Lunatic asylums Madras 1877-1891 - 1877-1891
Year: 1877
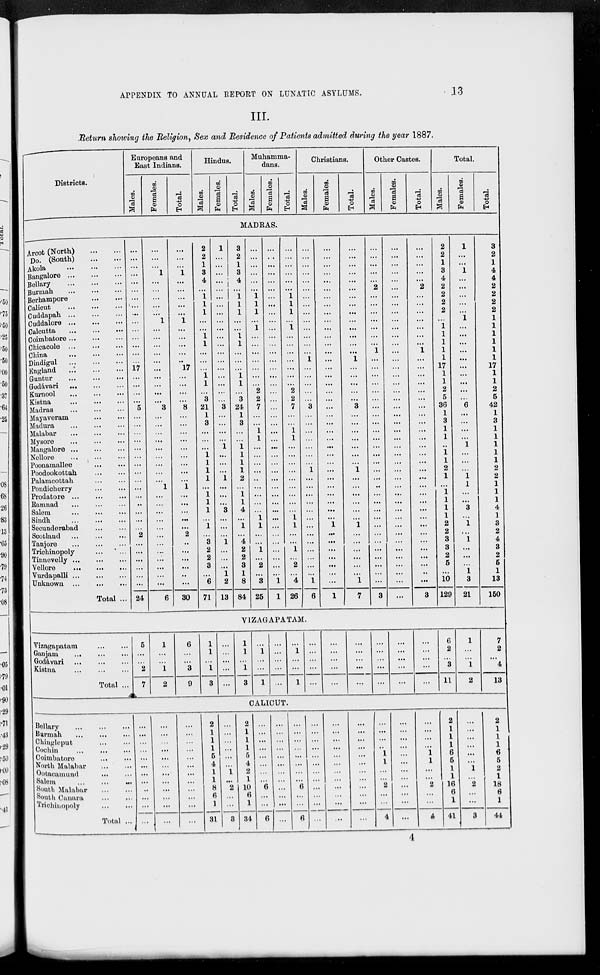
APPENDIX TO ANNUAL REPORT ON LUNATIC ASYLUMS.
13
III.
Return showing the Religion, Sex and Residence of Patients admitted during the year 1887.
Districts.
Europeans and
East Indians.
Males.
Females.
Total.
Hindus.
Males.
Females.
Total.
Muhammadans.
Males.
Females.
Total.
Christians.
Males.
Females.
Total.
Other Castes.
Males.
Females.
Total.
Total.
Males.
Females.
Total.
MADRAS.
Arcot (North) ... ...
Do. (South) ... ...
Akola ... ... ...
Bangalore
...
...
...
Bellary
...
...
...
Burmah
...
...
...
Berhampore ... ...
Calicut
...
...
...
Cuddapah
...
...
...
Cuddalore ... ... ...
Calcutta
...
...
...
Coimbatore ... ... ...
Chicacole
...
...
...
China
...
...
...
Dindigul
...
...
...
England
...
...
...
Guntur
...
...
...
Godávari
...
...
...
Kurnool ... ... ...
Kistna
...
...
...
Madras
...
...
...
Mayaveram
...
...
Madura
...
...
...
Malabar
...
...
...
Mysore
...
...
...
Mangalore ... ... ...
Nellore
...
...
...
Poonamallee
... ...
Poodookottah
...
...
Palamcottah
...
...
Pondicherry
...
...
Prodatore
...
...
...
Ramnad
...
...
...
Salem
...
...
...
Sindh
...
...
...
Secunderabad
...
...
Scotland
...
...
...
Tanjore
...
...
...
Trichinopoly
...
...
Tinnevelly ... ... ...
Vellore
...
...
...
Vurdapalli
...
...
...
Unknown
...
...
...
Total ...
...
...
...
...
...
...
...
...
...
...
...
...
...
...
...
17
...
...
...
...
5
...
...
...
...
...
...
...
...
...
...
...
...
...
...
...
2
...
...
...
...
...
...
24
...
...
...
1
...
...
...
...
...
1
...
...
...
...
...
...
...
...
...
...
3
...
...
...
...
...
...
...
...
...
1
...
...
...
...
...
...
...
...
...
...
...
...
6
...
...
...
1
...
...
...
...
...
1
...
...
...
...
...
17
...
...
...
...
8
...
...
...
...
...
...
...
...
...
1
...
...
...
...
...
2
..
...
...
...
...
...
30
2
2
1
3
4
...
1
1
1
...
...
1
1
...
...
...
1
1
...
3
21
1
3
...
...
...
1
1
1
1
...
1
1
1
...
1
...
3
2
2
3
...
6
71
1
...
...
...
...
...
...
...
...
...
...
...
...
...
...
...
...
...
...
...
3
...
...
...
...
1
...
...
...
1
...
...
...
3
...
...
...
1
...
...
...
1
2
13
3
2
1
3
4
...
1
1
1
...
...
1
1
...
...
...
1
1
...
3
24
1
3
...
...
1
1
1
1
2
...
1
1
4
...
1
...
4
2
2
3
1
8
84
...
...
...
...
...
...
1
1
1
...
1
...
...
...
...
...
...
...
2
2
7
...
...
1
1
...
...
...
...
...
...
...
...
...
1
1
...
...
1
...
2
...
3
25
...
...
...
...
...
...
...
...
...
...
...
...
...
...
...
...
...
...
...
...
...
...
...
...
...
...
...
...
...
...
...
...
...
...
...
...
...
...
...
...
...
...
1
1
...
...
...
...
...
...
1
1
1
...
1
...
...
...
...
...
...
...
2
2
7
...
...
1
1
...
...
...
...
...
...
...
...
...
1
1
...
...
1
...
2
...
4
26
...
...
...
...
...
...
...
...
...
...
...
...
...
...
1
...
...
...
...
...
3
...
...
...
...
...
...
...
1
...
...
...
...
...
...
...
...
...
...
...
...
...
1
6
...
...
...
...
...
...
...
...
...
...
...
...
...
...
...
...
...
...
...
...
...
...
...
...
...
...
...
...
...
...
...
...
...
...
...
1
...
...
...
...
...
...
...
1
...
...
...
...
...
...
...
...
...
...
...
...
...
...
1
...
...
...
...
...
3
...
...
...
...
...
...
...
1
...
...
...
...
...
...
1
...
...
...
...
...
...
1
7
...
...
...
...
...
2
...
...
...
...
...
...
...
1
...
...
...
...
...
...
...
...
...
...
...
...
...
...
...
...
...
...
...
...
...
...
...
...
...
...
...
...
...
3
...
...
...
...
...
...
...
...
...
...
...
...
...
...
...
...
...
...
...
...
...
...
...
...
...
...
...
...
...
...
...
...
...
...
...
...
...
...
...
...
...
...
...
...
...
...
...
...
...
2
...
...
...
...
...
...
...
1
...
...
...
...
...
...
...
...
...
...
...
...
...
...
...
...
...
...
...
...
...
...
...
...
...
...
...
..
...
3
2
2
1
3
4
2
2
2
2
...
1
1
1
1
1
17
1
1
2
5
36
1
3
1
1
..
1
1
2
1
...
1
1
1
1
2
2
3
3
2
5
...
10
129
1
...
...
1
...
...
...
...
...
1
...
...
...
...
...
...
...
...
...
...
6
...
...
...
...
1
...
...
...
1
1
...
...
3
...
1
...
1
...
...
...
1
3
21
3
2
1
4
4
2
2
2
2
1
1
1
1
1
1
17
1
1
2
5
42
1
3
1
1
1
1
1
2
2
1
1
1
4
1
3
2
4
3
2
5
1
13
150
VIZAGAPATAM.
Vizagapatam
...
...
Ganjam
...
...
...
Godávari
...
...
...
Kistna
...
...
...
Total ...
5
...
2
7
1
...
...
1
2
6
...
...
3
9
1
1
...
1
3
...
...
...
...
...
1
1
...
1
3
...
1
...
...
1
...
...
...
...
...
...
1
...
...
1
...
...
...
...
...
...
...
...
...
...
...
...
...
...
...
...
...
...
...
...
...
...
...
...
...
...
...
...
...
...
6
2
...
3
11
1
...
...
1
2
7
2
...
4
13
CALICUT.
Bellary
...
...
...
Burmah
...
...
...
Chingleput
...
...
Cochin
...
...
...
Coimbatore
...
...
North Malabar
...
...
Ootacamund
...
...
Salem ... ... ...
South Malabar
...
...
South Canara
...
...
Trichinopoly
...
...
Total ...
...
...
...
...
...
...
...
...
...
...
...
...
...
...
...
...
...
...
...
...
...
...
...
...
...
...
...
...
...
...
...
...
...
...
...
...
2
1
1
1
5
4
1
1
8
6
1
31
...
...
...
...
...
...
1
...
2
...
...
3
2
1
1
1
5
4
2
1
10
6
1
34
...
...
...
...
...
...
...
...
6
...
...
6
...
...
...
...
...
...
...
...
...
...
...
...
...
...
...
...
...
...
...
...
6
...
...
6
...
...
...
...
...
...
...
...
...
...
...
...
...
...
...
...
...
...
...
...
...
...
...
...
...
...
...
...
...
...
...
...
...
...
...
...
...
...
...
...
1
1
...
...
2
...
...
4
...
...
...
...
...
...
...
...
...
...
...
...
...
...
...
...
1
1
...
...
2
...
...
4
2
1
1
1
6
5
1
1
16
6
1
41
...
...
...
...
...
...
1
...
2
...
...
3
2
1
1
1
6
5
2
1
18
6
1
44
4